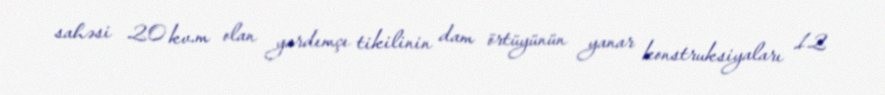
sahəsi 20 kv.m olan yardımçı tikilinin dam örtüyünün yanar konstruksiyaları 12